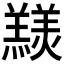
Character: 𦏠